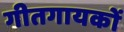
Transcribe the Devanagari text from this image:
गीतगायकों